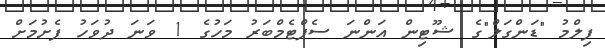
ފިލްމު "ޑަންގަލް"ގެ ޝޫޓިން އަންނަ ސެޕްޓެމްބަރު މަހުގެ 1 ވަނަ ދުވަހު ފެށުމަށް